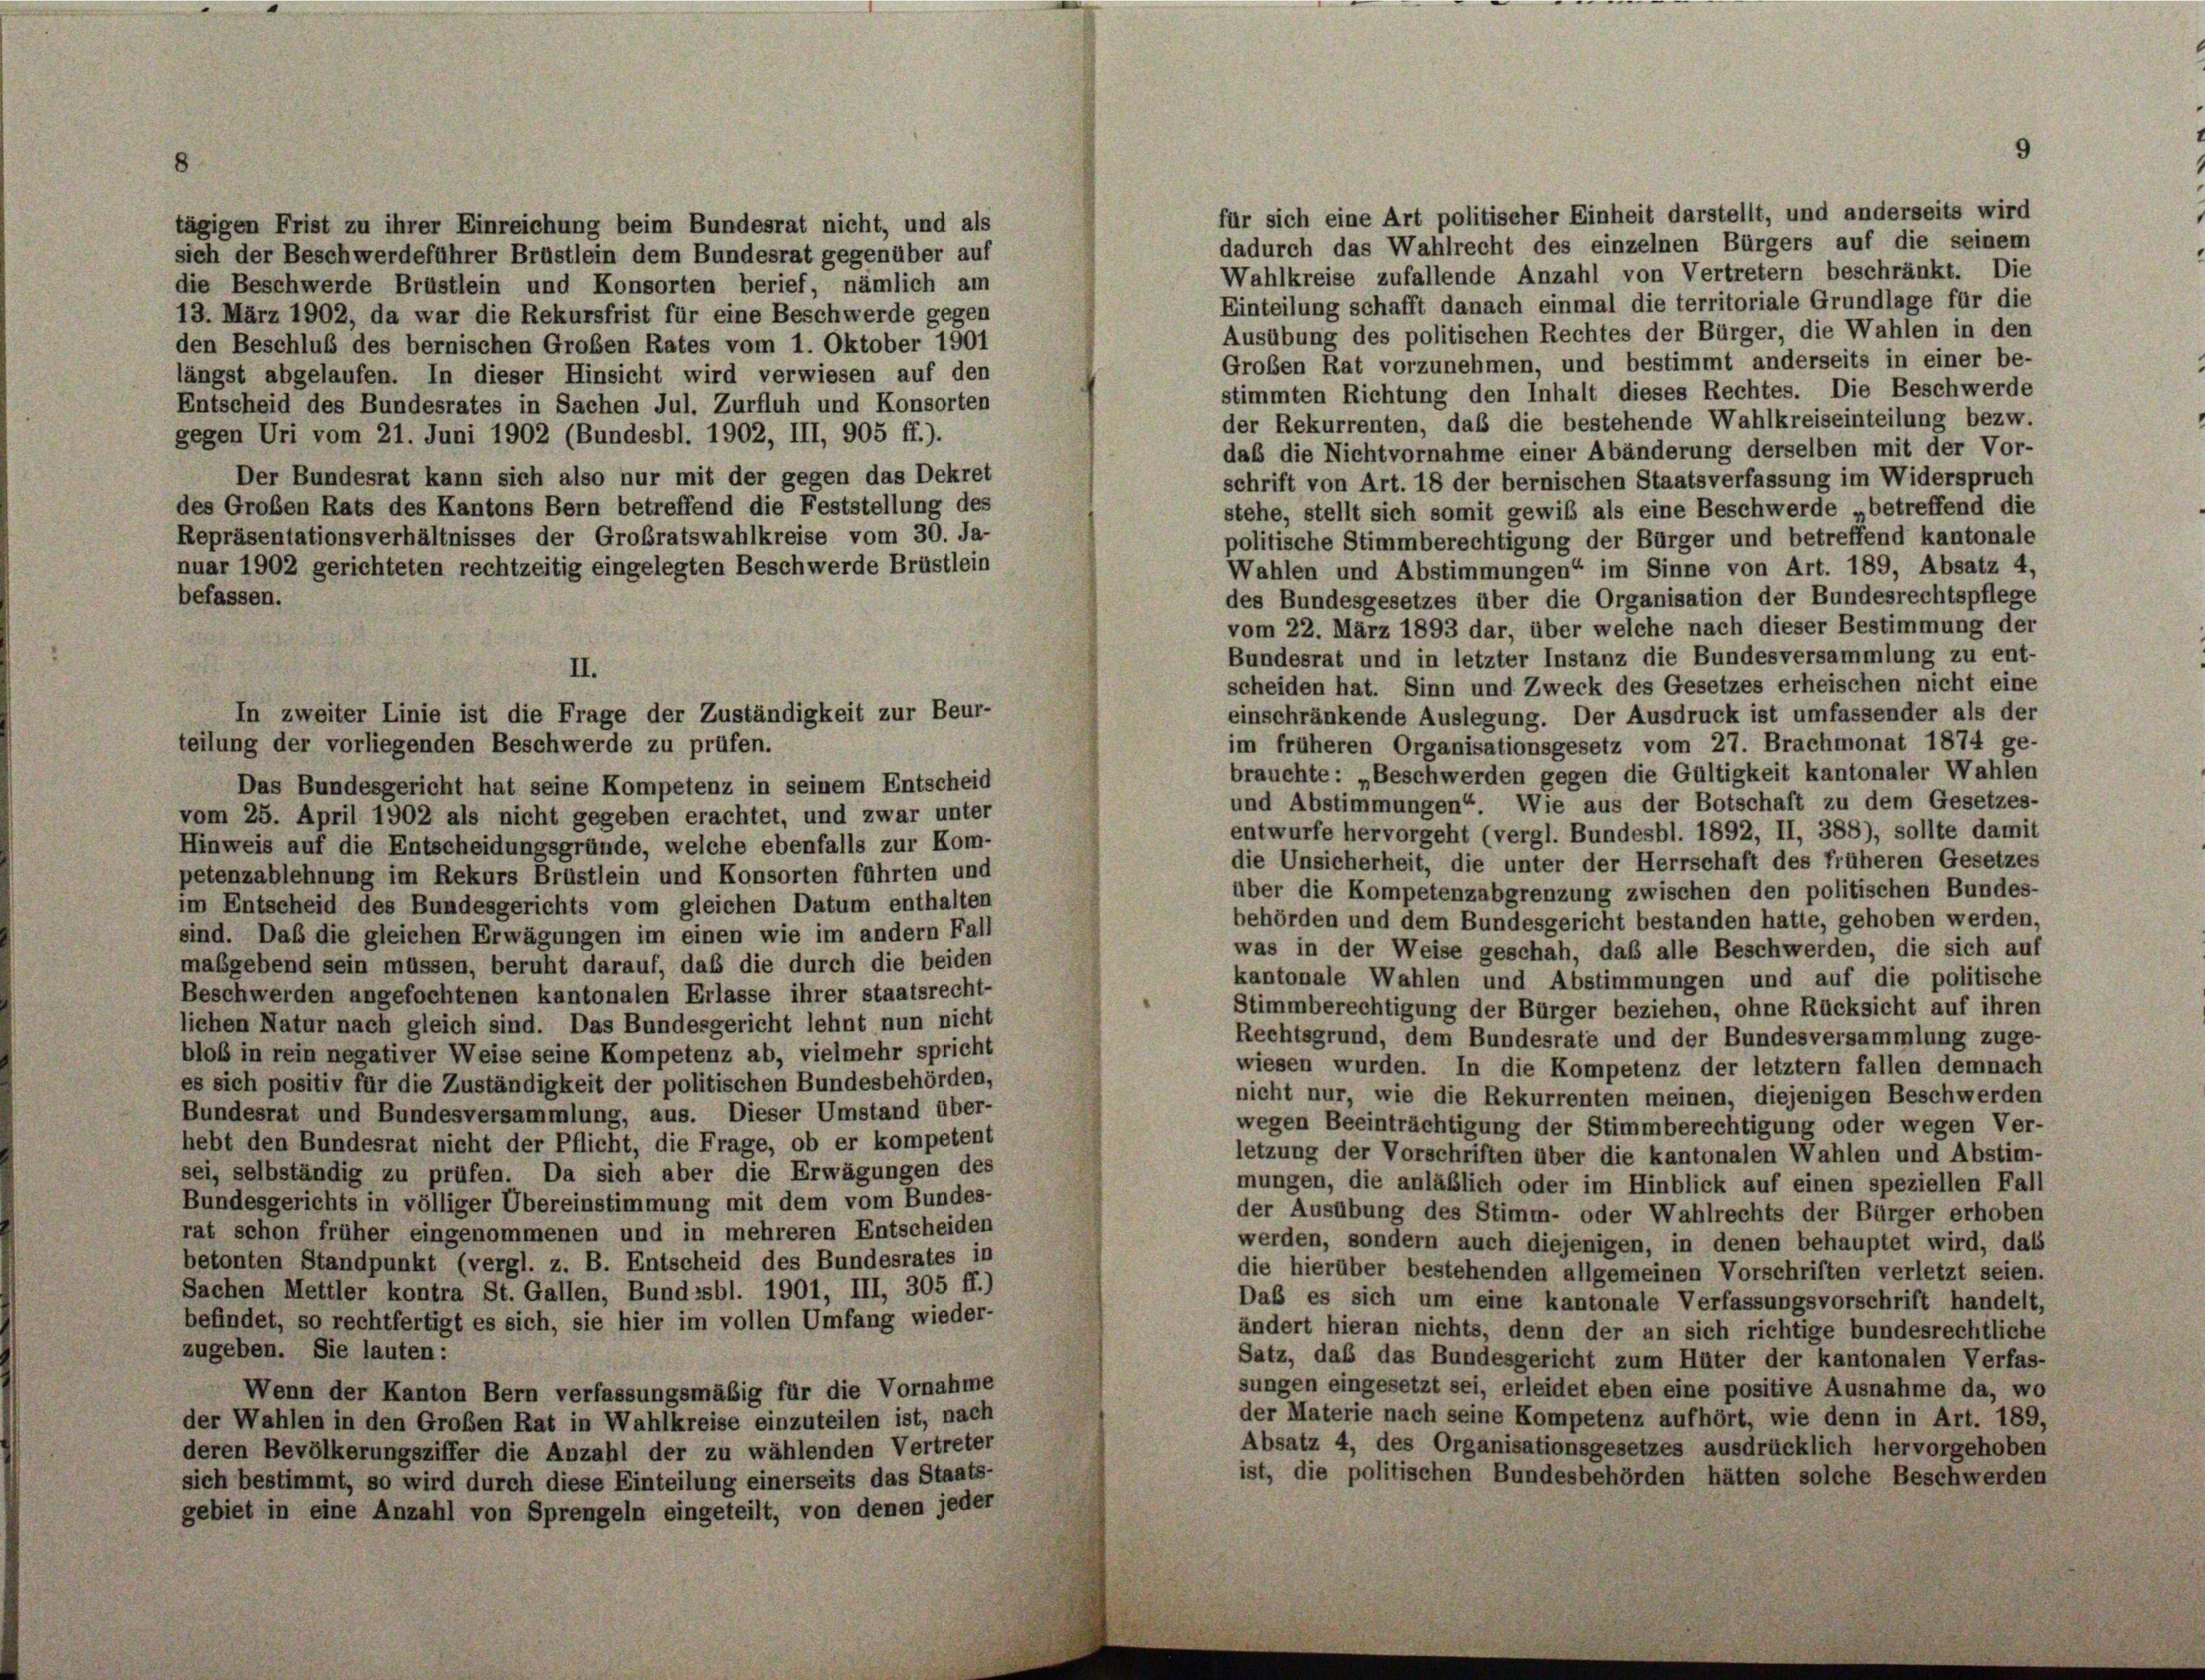
für sich eine Art politischer Einheit darstellt, und anderseits wird
tägigen Frist zu ihrer Einreichung beim Bundesrat nicht, und als
dadurch das Wahlrecht des einzelnen Bürgers auf die seinem
sich der Beschwerdeführer Brustlein dem Bundesrat gegenüber auf
Wahlkreise zufallende Anzahl von Vertretern beschränkt. Die
die Beschwerde Brüstlein und Konsorten berief, nämlich am
Einteilung schafft danach einmal die territoriale Grundlage für die
13. März 1902, da war die Rekursfrist für eine Beschwerde gegen
Ausübung des politischen Rechtes der Bürger, die Wahlen in den
den Beschluß des bernischen Großen Rates vom 1. Oktober 1901
Großen Rat vorzunehmen, und bestimmt anderseits in einer be-
längst abgelaufen. In dieser Hinsicht wird verwiesen auf den
stimmten Richtung den Inhalt dieses Rechtes. Die Beschwerde
Entscheid des Bundesrates in Sachen Jul. Zurfluh und Konsorten
der Rekurrenten, daß die bestehende Wahlkreiseinteilung bezw.
gegen Uri vom 21. Juni 1902 (Bundesbl. 1902, III, 905 ff.).
daß die Nichtvornahme einer Abänderung derselben mit der Vor-
Der Bundesrat kann sich also nur mit der gegen das Dekret
schrift von Art. 18 der bernischen Staatsverfassung im Widerspruch
des Großen Rats des Kantons Bern betreffend die Feststellung des
stehe, stellt sich somit gewiß als eine Beschwerde betreffend die
Repräsentationsverhältnisses der Großratswahlkreise vom 30. Ja-
politische Stimmberechtigung der Bürger und betreffend kantonale
nuar 1902 gerichteten rechtzeitig eingelegten Beschwerde Brüstlein
Wahlen und Abstimmungen“ im Sinne von Art. 189, Absatz 4,
befassen.
des Bundesgesetzes über die Organisation der Bundesrechtspflege
vom 22. März 1893 dar, über welche nach dieser Bestimmung der
Bundesrat und in letzter Instanz die Bundesversammlung zu ent-
scheiden hat. Sinn und Zweck des Gesetzes erheischen nicht eine
einschränkende Auslegung. Der Ausdruck ist umfassender als der
im früheren Organisationsgesetz vom 27. Brachmonat 1874 ge-
teilung der vorliegenden Beschwerde zu prüfen.
brauchte: „Beschwerden gegen die Gültigkeit kantonaler Wahlen
Das Bundesgericht hat seine Kompetenz in seinem Entscheid
und Abstimmungen“. Wie aus der Botschaft zu dem Gesetzes-
vom 25. April 1902 als nicht gegeben erachtet, und zwar unter
entwurfe hervorgeht (vergl. Bundesbl. 1892, II, 388), sollte damit
Hinweis auf die Entscheidungsgründe, welche ebenfalls zur Kom-
die Unsicherheit, die unter der Herrschaft des früheren Gesetzes
petenzablehnung im Rekurs Brüstlein und Konsorten führten und
über die Kompetenzabgrenzung zwischen den politischen Bundes-
im Entscheid des Bundesgerichts vom gleichen Datum enthalten
behörden und dem Bundesgericht bestanden hatte, gehoben werden,
sind. Das die gleichen Erwägungen im einen wie im andern Fall
was in der Weise geschah, daß alle Beschwerden, die sich auf
maßgebend sein müssen, beruht darauf, daß die durch die beiden
kantonale Wahlen und Abstimmungen und auf die politische
Beschwerden angefochtenen kantonalen Erlasse ihrer staatsrecht-
Stimmberechtigung der Bürger beziehen, ohne Rücksicht auf ihren
lichen Natur nach gleich sind. Das Bundesgericht lehnt nun nicht
Rechtsgrund, dem Bundesrate und der Bundesversammlung zuge-
bloß in rein negativer Weise seine Kompetenz ab, vielmehr spricht
wiesen wurden. In die Kompetenz der letztem fallen demnach
es sich positiv für die Zuständigkeit der politischen Bundesbehörden,
nicht nur, wie die Rekurrenten meinen, diejenigen Beschwerden
Bundesrat und Bundesversammlung, aus. Dieser Umstand über-
wegen Beeinträchtigung der Stimmberechtigung oder wegen Ver-
hebt den Bundesrat nicht der Pflicht, die Frage, ob er kompetent
letzung der Vorschriften über die kantonalen Wahlen und Abstim-
sei, selbständig zu prüfen. Da sich aber die Erwägungen des
mungen, die anläßlich oder im Hinblick auf einen speziellen Fall
Bundesgerichts in völliger Übereinstimmung mit dem vom Bundes-
der Ausübung des Stimm- oder Wahlrechts der Bürger erhoben
rat schon früher eingenommenen und in mehreren Entscheiden
werden, sondern auch diejenigen, in denen behauptet wird, das
betonten Standpunkt (vergl. z. B. Entscheid des Bundesrates in
die hierüber bestehenden allgemeinen Vorschriften verletzt seien.
Sachen Mettler kontra St. Gallen, Bundesbl. 1901, III, 305 ff.)
Daß es sich um eine kantonale Verfassungsvorschrift handelt,
befindet, so rechtfertigt es sich, sie hier im vollen Umfang wieder-
ändert hieran nichts, denn der an sich richtige bundesrechtliche
zugeben. Sie lauten:
Satz, daß das Bundesgericht zum Hüter der kantonalen Verfas-
sungen eingesetzt sei, erleidet eben eine positive Ausnahme da, wo
Wenn der Kanton Bern verfassungsmäßig für die Vornahme
der Materie nach seine Kompetenz aufhört, wie denn in Art. 189,
der Wahlen in den Großen Rat in Wahlkreise einzuteilen ist, nach
Absatz 4, des Organisationsgesetzes ausdrücklich hervorgehoben
deren Bevölkerungsziffer die Anzahl der zu wählenden Vertreter
ist, die politischen Bundesbehörden hätten solche Beschwerden
sich bestimmt, so wird durch diese Einteilung einerseits das Staats-
gebiet in eine Anzahl von Sprengeln eingeteilt, von denen jeder

II.
In zweiter Linie ist die Frage der Zuständigkeit zur Beur-

9